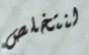
لنتخلص